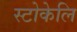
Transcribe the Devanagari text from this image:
स्टोकेलि